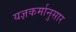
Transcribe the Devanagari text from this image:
यज्ञकर्मानुसार